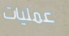
عمليات